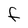
Character: F